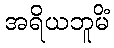
အရိယဘူမိံ